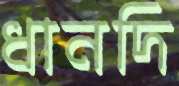
ধানদি